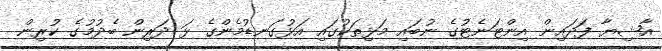
އާޝިޔާ ފަދައިން އިންޓަނެޓުގެ ނުބައި މަޅިތަކުގައި އަޅުގަނޑުމެންގެ ޅަ ދަރިން ބެދުމުގެ ކުރިން